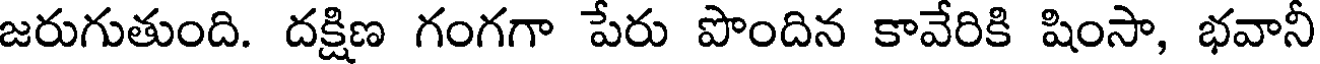
జరుగుతుంది. దక్షిణ గంగగా పేరు పొందిన కావేరికి షింసా, భవానీ